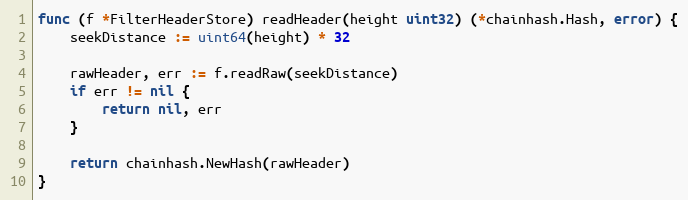
Language: Go
func (f *FilterHeaderStore) readHeader(height uint32) (*chainhash.Hash, error) {
	seekDistance := uint64(height) * 32

	rawHeader, err := f.readRaw(seekDistance)
	if err != nil {
		return nil, err
	}

	return chainhash.NewHash(rawHeader)
}